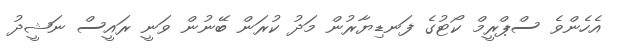
އެހެންވެ ސްޕްރީމް ކޯޓުގެ ފަނޑިޔާރުން މަދު ކުރަން ބޭނުން ވަނީ ރައީސް ނަޝީދު